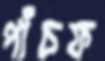
পাঁচফ